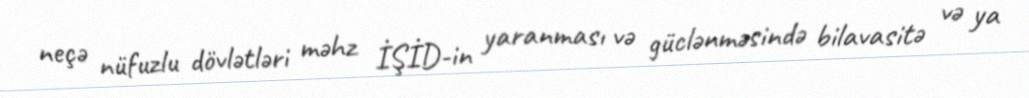
neçə nüfuzlu dövlətləri məhz İŞİD-in yaranması və güclənməsində bilavasitə və ya